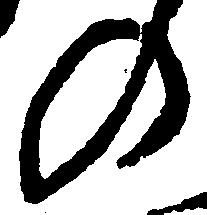
の